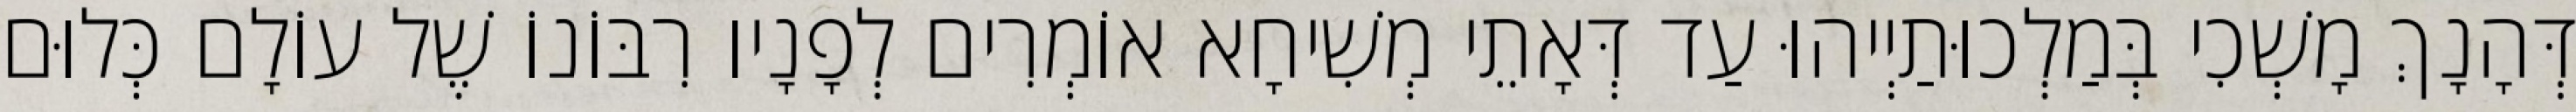
דְּהָנָךְ מָשְׁכִי בְּמַלְכוּתַיְיהוּ עַד דְּאָתֵי מְשִׁיחָא אוֹמְרִים לְפָנָיו רִבּוֹנוֹ שֶׁל עוֹלָם כְּלוּם